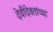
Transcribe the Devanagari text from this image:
देवीदेवतांच्या